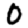
Digit: 0